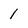
Character: 1